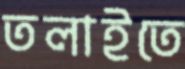
তলাইতে